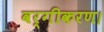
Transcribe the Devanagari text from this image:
वर्गीकरण।